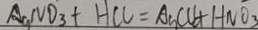
A g N O _ { 3 } + H C l = A g C l \downarrow + H N O _ { 3 }